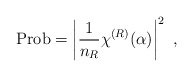
\begin{align*}{\rm Prob}= \left|{1\over n_R}\chi^{(R)}(\alpha)\right|^2~,\end{align*}